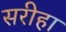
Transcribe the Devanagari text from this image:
सरीहा